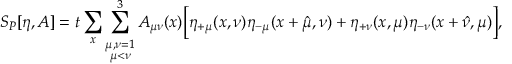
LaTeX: S _ { P } [ \eta , A ] = t \sum _ { x } \sum _ { \stackrel { \scriptstyle \mu , \nu = 1 } { \mu < \nu } } ^ { 3 } A _ { \mu \nu } ( x ) \Big [ \eta _ { + \mu } ( x , \nu ) \eta _ { - \mu } ( x + \hat { \mu } , \nu ) + \eta _ { + \nu } ( x , \mu ) \eta _ { - \nu } ( x + \hat { \nu } , \mu ) \Big ] ,